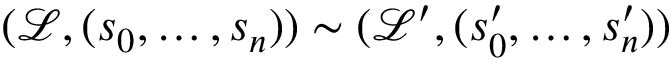
( { \mathcal { L } } , ( s _ { 0 } , \ldots , s _ { n } ) ) \sim ( { \mathcal { L } } ^ { \prime } , ( s _ { 0 } ^ { \prime } , \ldots , s _ { n } ^ { \prime } ) )